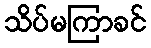
သိပ်မကြာခင်